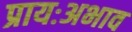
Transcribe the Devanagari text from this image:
प्रायःअभाव